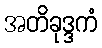
အတိခုဒ္ဒကံ